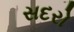
સદરો